Statistics compiled by the Government of India from the reports of provincial Civil Veterinary Departments
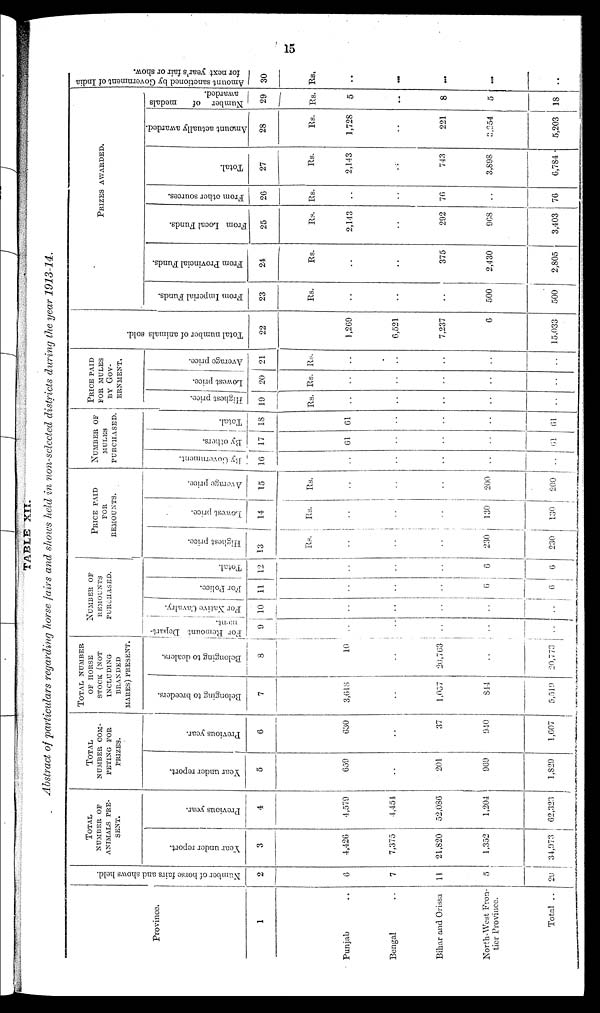
15
TABLE XII.
Abstract of particulars regarding horse fairs and shows held in non-selected districts during the year 1913-14.
Province.
1
Punjab ..
Bengal ..
Bihar and Orissa ..
North-West Fron-
tier Province.
Total ..
Number of horse fairs and shows held.
2
6
7
11
5
29
TOTAL NUMBER OF ANIMALS PRE¬
SENT.
Year under report.
3
4,426
7,375
21,820
1,352
34,973
Previous year.
4
4,579
4,451
52,036
1,204
62,323
TOTAL NUMBER COM¬
PETING FOR
PRIZES.
Year under report.
5
659
..
201
969
1,829
Previous year.
6
630
..
37
940
1,607
TOTAL NUMBER
OF HORSE
STOCK (NOT
INCLUDING
BRANDED
MARES) PRESENT.
Belonging to breeders.
7
3,618
..
1,057
844
5,519
Belonging to dealers.
8
10
..
20,763
20,773
NUMBER OF
REMOUNTS
PURCHASED.
For Remount Depart-
ment.
9
..
..
..
..
For Native Cavalry.
10
..
..
..
..
For Police.
11
..
..
..
6
6
Total.
12
..
..
..
6
6
PRICE PAID
FOR REMOUNTS.
Highest price.
13
Rs.
..
..
..
230
230
Lowest price.
14
Rs.
..
..
..
130
130
Average price.
15
Rs.
..
..
..
200
200
NUMBER OF
MULES
PURCHASED.
By Government.
16
..
..
..
..
..
By others.
17
61
..
..
..
61
Total.
18
61
..
..
..
61
PRICE PAID FOR MULES
BY
GOV¬ERNMENT,
Highest price.
19
Rs.
..
..
..
..
..
Lowest price.
20
Rs.
..
..
..
..
..
Average price.
21
Rs.
..
..
..
..
..
Total number of animals sold.
22
1,269
6,521
7,237
6
15,033
PRIZES AWARDED.
From Imperial Funds.
23
Rs.
..
..
..
500
500
From Provincial Funds.
24
Rs.
..
..
375
2,430
2,805
From Local Funds.
25
Rs.
2,143
..
292
968
3,403
From other sources.
26
Rs.
..
..
76
..
76
Total.
27
Rs.
2,143
..
743
3,898
6,784
Amount actually awarded.
28
Rs.
1,728
..
221
3,254
5,203
Number of
medals
awarded.
29
Rs.
5
..
8
5
18
Amount sanctioned by Government of India
for next year's fair or show.
30
Rs.
..
...
...
...
..